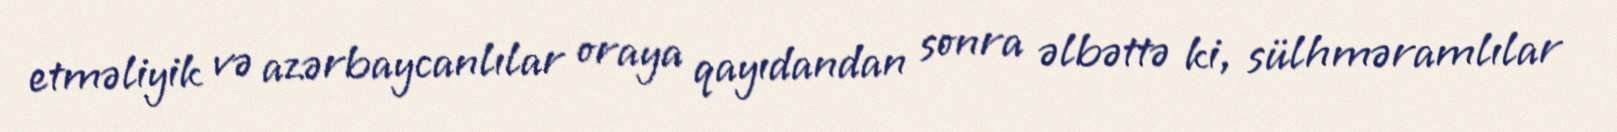
etməliyik və azərbaycanlılar oraya qayıdandan sonra əlbəttə ki, sülhməramlılar